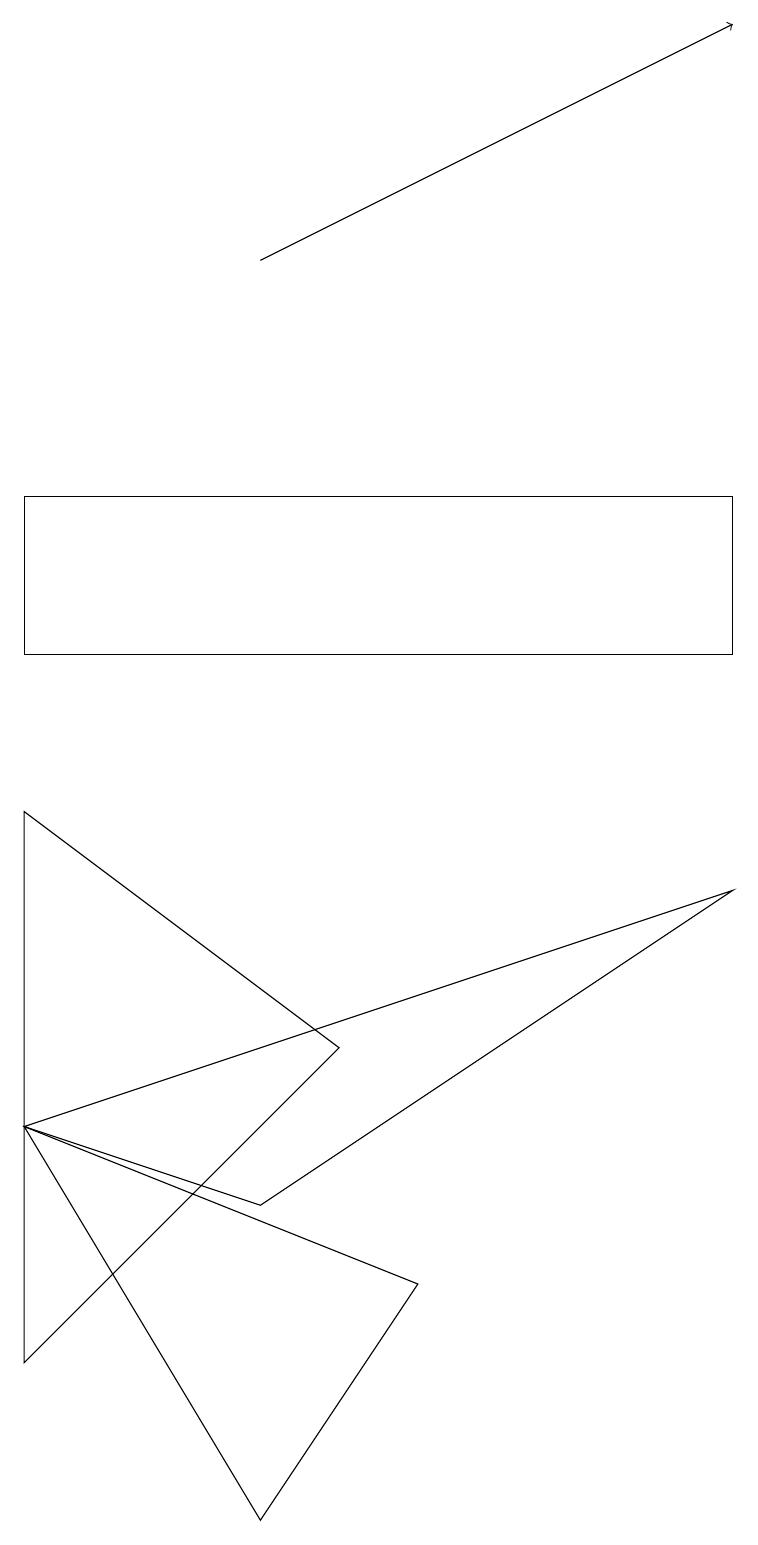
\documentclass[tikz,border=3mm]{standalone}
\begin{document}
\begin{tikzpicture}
\draw (5,3) -- (3,0) -- (0,5) -- cycle;
\draw (3,4) -- (0,5) -- (9,8) -- cycle;
\draw[->] (3,16) -- (9,19);
\draw (9,13) rectangle (0,11);
\draw (0,9) -- (0,2) -- (4,6) -- cycle;
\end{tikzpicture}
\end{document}